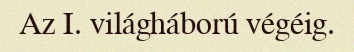
Az I. világháború végéig.